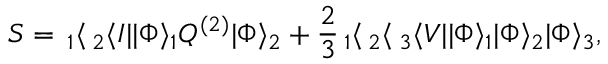
S = \, _ { 1 } \langle \, _ { 2 } \langle I | | \Phi \rangle _ { 1 } Q ^ { ( 2 ) } | \Phi \rangle _ { 2 } + \frac { 2 } { 3 } \, _ { 1 } \langle \, _ { 2 } \langle \, _ { 3 } \langle V | | \Phi \rangle _ { 1 } | \Phi \rangle _ { 2 } | \Phi \rangle _ { 3 } ,